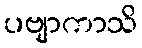
ပဗျာကာသိ